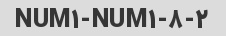
۲-NUM۱-NUM۱-۸